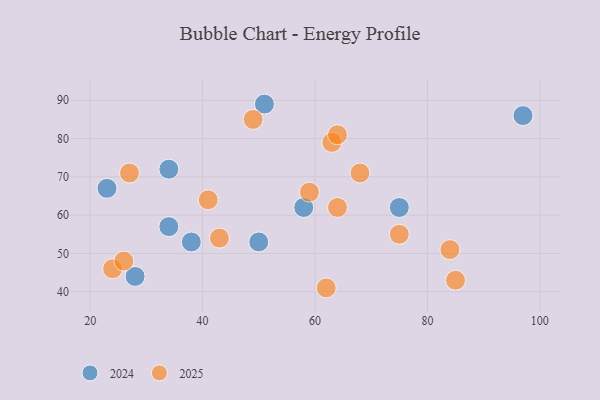
{"axis": {"x": "GDP", "y": "Life Expectancy"}, "legend": ["2024", "2025"], "data": [{"x": "64", "y": 62, "type": "2025"}, {"x": "85", "y": 43, "type": "2025"}, {"x": "24", "y": 46, "type": "2025"}, {"x": "27", "y": 71, "type": "2025"}, {"x": "41", "y": 64, "type": "2025"}, {"x": "84", "y": 51, "type": "2025"}, {"x": "26", "y": 48, "type": "2025"}, {"x": "68", "y": 71, "type": "2025"}, {"x": "75", "y": 55, "type": "2025"}, {"x": "63", "y": 79, "type": "2025"}, {"x": "64", "y": 81, "type": "2025"}, {"x": "62", "y": 41, "type": "2025"}, {"x": "43", "y": 54, "type": "2025"}, {"x": "59", "y": 66, "type": "2025"}, {"x": "49", "y": 85, "type": "2025"}, {"x": "28", "y": 44, "type": "2024"}, {"x": "50", "y": 53, "type": "2024"}, {"x": "58", "y": 62, "type": "2024"}, {"x": "34", "y": 72, "type": "2024"}, {"x": "23", "y": 67, "type": "2024"}, {"x": "75", "y": 62, "type": "2024"}, {"x": "51", "y": 89, "type": "2024"}, {"x": "38", "y": 53, "type": "2024"}, {"x": "97", "y": 86, "type": "2024"}, {"x": "34", "y": 57, "type": "2024"}]}